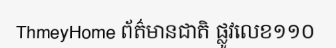
ThmeyHome ព័ត៌មានជាតិ ផ្លូវលេខ១១០